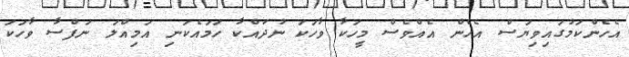
އެހެންކަމުގައިވިޔަސް އެހެން އެއްވެސް މީހަކާ ވާހަކަ ނުދައްކާ ހަމައެކަނި އަމިއްލަ ނަފްސާ ވާހަކަ